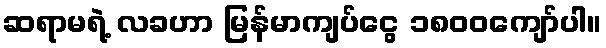
ဆရာမရဲ့ လခဟာ မြန်မာကျပ်ငွေ ၁၈၀၀ကျော်ပါ။